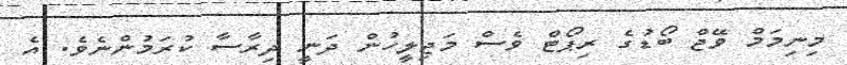
މިނިމަމް ވޭޖް ބޯޑުގެ ރިޕޯޓް ވެސް މަޖިލީހުން ދަނީ ދިރާސާ ކުރަމުންނެވެ. އެ